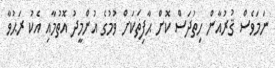
ނަމަވެސް ޤުރުއާން ހިތުދަސް ކޮށް ޙާފިޡަކަށް ވުމުގެ އުންމީދު އޮތުމާއި އެކު ރަޙުވާ